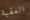
العقبة